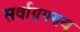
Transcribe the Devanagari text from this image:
सर्वाग्रगण्य